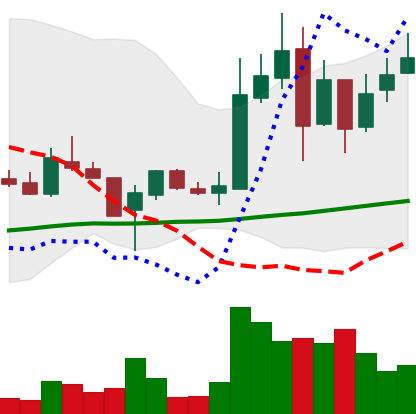
Ticker: LTC-USD
Chart end date: 2017-11-15
Forward return: 13.207%
Label: up_7plus